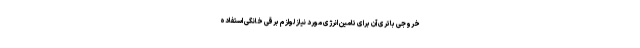
خروجی باتری آن برای تامین انرژی مورد نیاز لوازم برقی خانگی استفاده